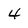
Character: 4